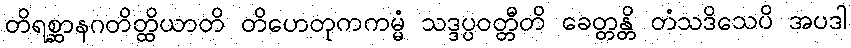
တိရစ္ဆာနဂတိတ္ထိယာတိ တိဟေတုကကမ္မံ သဒ္ဒပ္ပဝတ္တီတိ ခေတ္တန္တိ တံသဒိသေပိ အပဒါ